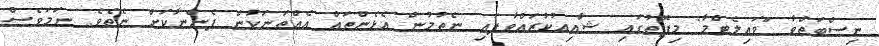
ނިސްބަތްވާ "ވައިލެޓްމާ" މިފޮތުގައި ޝާޢިއުކުރައްވާފައި ނެތުމުން އެޅެންތައް އެއްތަނަކުން ފެންނާކަށް ނެތެވެ. ނަމަވެސް